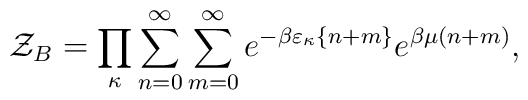
{\cal Z}_B=\prod_\kappa\sum_{n=0}^{\infty}\sum_{m=0}^{\infty}e^{-\beta\varepsilon_\kappa\{n+m\}}e^{\beta\mu(n+m)},